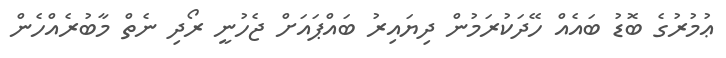
ޢުމުރުގެ ބޮޑު ބައެއް ހޭދަކުރަމުން ދިޔައިރު ބައްޕައަށް ޖެހުނީ ރޯދި ނެތް މާބުރެއްހެން